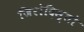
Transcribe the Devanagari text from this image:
जिरोदिस्तो